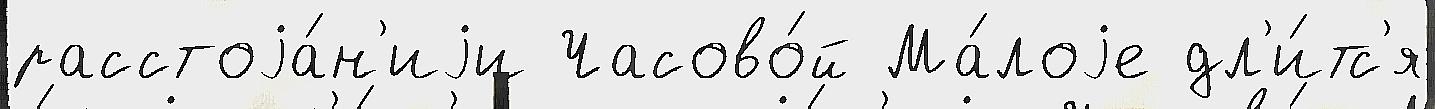
расстоjа́н'иjи Часово́й Ма́лоjе дл'и́тс'я